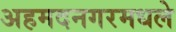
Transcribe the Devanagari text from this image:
अहमदनगरमधले